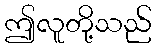
ဤလူတို့သည်